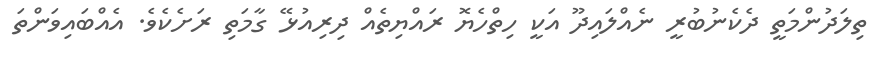
ތިލަދުންމަތީ ދެކެނުބުރީ ނެއްލައިދޫ އަކީ ހިތްހެޔޮ ރައްޔިތެއް ދިރިއުޅޭ ގާމަތި ރަށެކެވެ. އެއްބައިވަންތަ